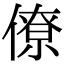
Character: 僚